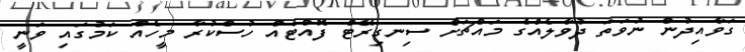
ގަވާއިދުން ނުވަތަ ދުވާލެއްގެ މައްޗަށް ސިނގިރޭޓް ފޮއްޓެއް ހުސްކުރާ މީހެއް ކަމުގައި ވަނީ